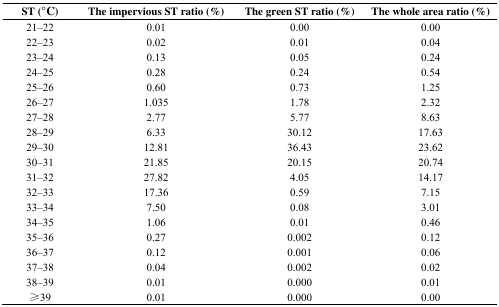
| ST (°C) | The impervious ST ratio (%) | The green ST ratio (%) | The whole area ratio (%) |
 | --- | --- | --- | --- |
 | 21–22 | 0.01 | 0.00 | 0.00 |
 | 22–23 | 0.02 | 0.01 | 0.04 |
 | 23–24 | 0.13 | 0.05 | 0.24 |
 | 24–25 | 0.28 | 0.24 | 0.54 |
 | 25–26 | 0.60 | 0.73 | 1.25 |
 | 26–27 | 1.035 | 1.78 | 2.32 |
 | 27–28 | 2.77 | 5.77 | 8.63 |
 | 28–29 | 6.33 | 30.12 | 17.63 |
 | 29–30 | 12.81 | 36.43 | 23.62 |
 | 30–31 | 21.85 | 20.15 | 20.74 |
 | 31–32 | 27.82 | 4.05 | 14.17 |
 | 32–33 | 17.36 | 0.59 | 7.15 |
 | 33–34 | 7.50 | 0.08 | 3.01 |
 | 34–35 | 1.06 | 0.01 | 0.46 |
 | 35–36 | 0.27 | 0.002 | 0.12 |
 | 36–37 | 0.12 | 0.001 | 0.06 |
 | 37–38 | 0.04 | 0.002 | 0.02 |
 | 38–39 | 0.01 | 0.000 | 0.01 |
 | ≥39 | 0.01 | 0.000 | 0.00 |